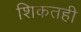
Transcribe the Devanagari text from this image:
शिकतही